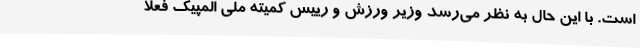
است. با این حال به نظر می‌رسد وزیر ورزش و رییس کمیته ملی المپیک فعلا